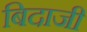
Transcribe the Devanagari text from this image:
बिदाजी